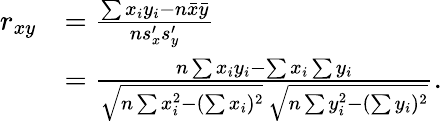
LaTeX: {\begin{array}{rl}{r_{xy}}&{={\frac{\sum x_{i}y_{i}-n{\bar{x}}{\bar{y}}}{ns_{x}^{\prime}s_{y}^{\prime}}}}\\ &{={\frac{n\sum x_{i}y_{i}-\sum x_{i}\sum y_{i}}{{\sqrt{n\sum x_{i}^{2}-(\sum x_{i})^{2}}}~{\sqrt{n\sum y_{i}^{2}-(\sum y_{i})^{2}}}}}.}\end{array}}